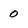
Character: 0